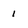
Character: 1